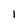
Character: I